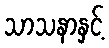
သာသနာနှင့်